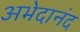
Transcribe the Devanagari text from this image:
अभेदानंद